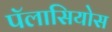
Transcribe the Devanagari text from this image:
पॅलासियोस